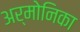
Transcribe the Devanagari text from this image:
अर्मोनिका